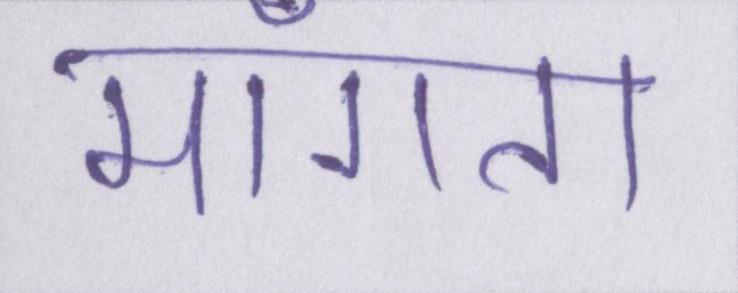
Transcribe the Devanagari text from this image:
माँगता